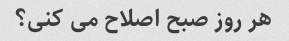
هر روز صبح اصلاح می کنی؟